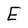
Character: E